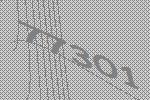
77301